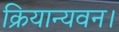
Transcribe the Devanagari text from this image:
क्रियान्यवन।